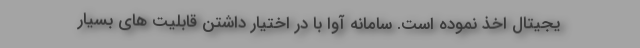
یجیتال اخذ نموده است. سامانه آوا با در اختیار داشتن قابلیت های بسیار